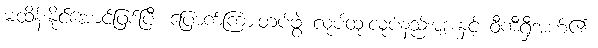
မထိန်းနိုင်အောင်ဖြစ်ပြီး ပြောက်ကြားတပ်ဖွဲ့ လုပ်ထုံးလုပ်နည်းများနှင့် ဝီကီရှီအဟ်၏